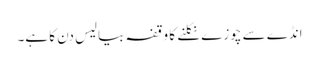
انڈے سے چوزے نکلنے کا وقفہ بیالیس دن کا ہے۔